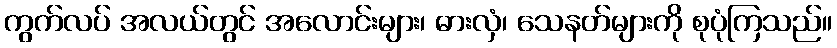
ကွက်လပ် အလယ်တွင် အလောင်းများ၊ ဓားလှံ၊ သေနတ်များကို စုပုံကြသည်။